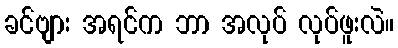
ခင်ဗျား အရင်က ဘာ အလုပ် လုပ်ဖူးလဲ။